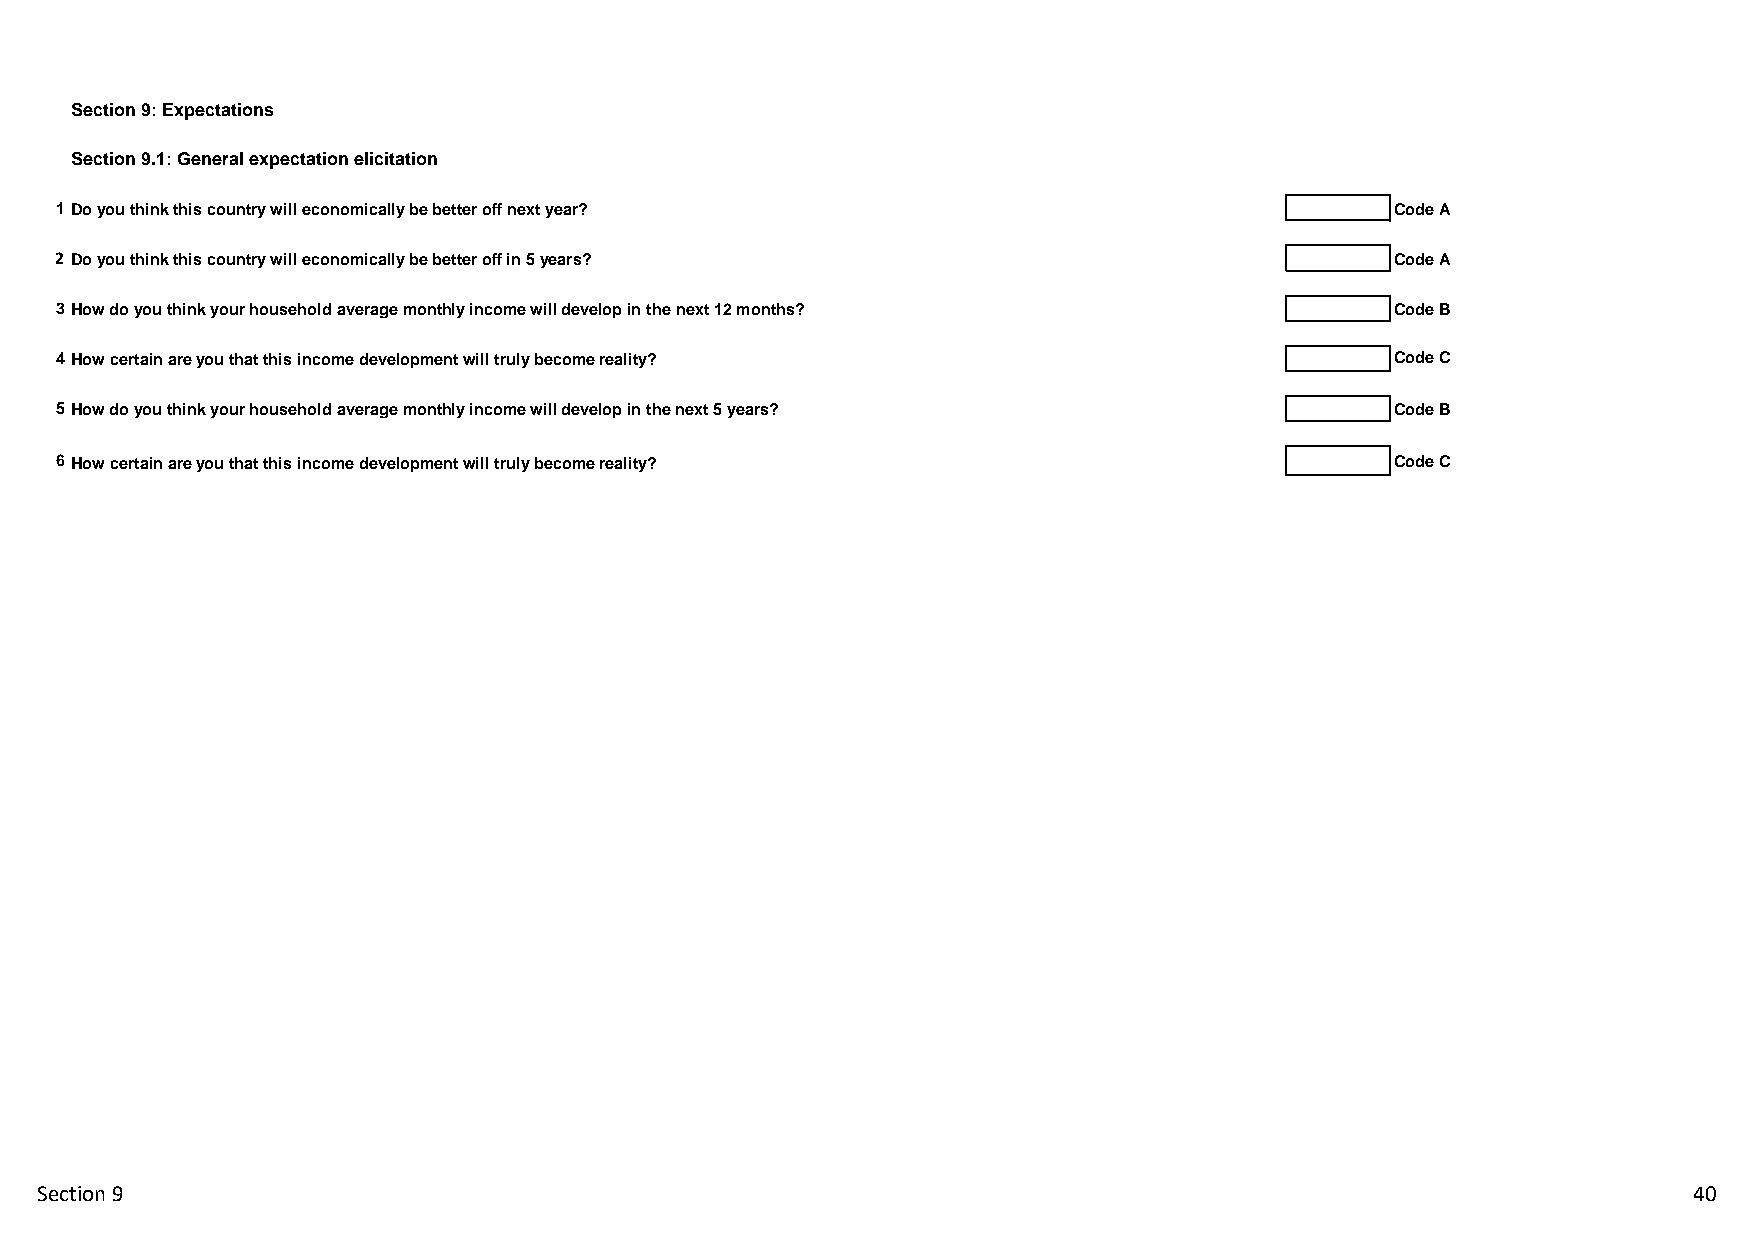
Section 9: Expectations
 Section 9.1: General expectation elicitation
 1 Do you think this country will economically be better off next year?                  Code A
 2 Do you think this country will economically be better off in 5 years?                 Code A
 3 How do you think your household average monthly income will develop in the next 12 months? Code B
 4 How certain are you that this income development will truly become reality?           Code C
 5 How do you think your household average monthly income will develop in the next 5 years? Code B
 6 How certain are you that this income development will truly become reality?           Code C
 Section 9                                                                                                     40